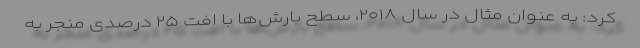
کرد: به عنوان مثال در سال ۲۰۱۸، سطح بارش‌ها با افت ۲۵ درصدی منجر به